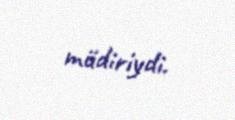
müdiriydi.